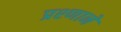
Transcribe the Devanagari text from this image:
प्रश्णाने